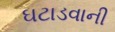
ઘટાડવાની